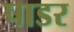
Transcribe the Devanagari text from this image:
पाडर